Oriental or Dehli sore - Number 13
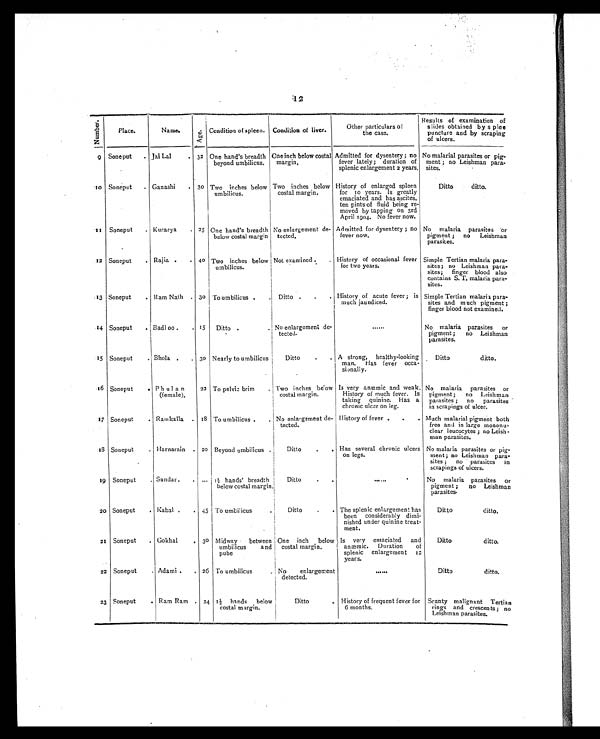
12
N u m b e r .
Place.
Name.
A g e .
Condition of spleen. Condition of liver.
Other particulars of
t h e c a s e .
Results of examination of
slides obtained by splee
puncture and by scraping
of ulcers.
9
Soneput
. Jai Lal
. 32 One hand's breadth
beyond umbilicus.
Oneinch below costal
m a r g i n .
Admitted for dysentery ; no
fever lately; duration of
splenic enlargement 2 years.
No malarial parasites or pig-
ment ; no Leishman para-
sites.
1 0 Soneput
. Ganashi
. 30 Two inches below
umbilicus.
Two inches below
costal margin.
History of enlarged spleen
for 10 years. Is greatly
emaciated and has ascites,
ten pints of fluid being re-
moved by tapping on 3rd
April 1904. No fever now.
Ditto
ditto.
1 1
Soneput
. Kurarya
• 25 One hand 's breadth i
below costal margin
No enlargement de-
tected.
Admitted for dysentery ; no
fever now.
No malaria parasites or
pigment ; no
Leishman
parasites.
1 2 Soneput
. Rajia .
. 4o Two inches below
umbilicus.
Not examined
History of occasional fever
for two years.
Simple Tertian malaria para-
sites; no Leishman para-
sites; finger blood also
contains S. T. malaria para-
sites.
13 Soneput
. Ram Nath . 30 To umbilicus .. Ditto ..
. History of acute fever ; is
much jaundiced.
Simple Tertian malaria para-
sites and much pigment ;
finger blood not examined.
1 4
Soneput
. Badl oo
. 15
Ditto .
. No enlargement de-
tected.
......
No malaria parasites or
pigment;
no Leishman
parasites.
1 5
Soneput
. Bhola .
. 3o Nearly to umbilicus
Ditto
.
. A strong, healthy-looking
man. Has fever occa-
sionally.
Ditto
d i t t o .
1 6
Soneput
. P h u la n
(female).
23 To pelvic brim
. Two inches below
costal margin.
Is very anæmic and weak.
History of much fever. Is
taking quinine. Has a
chronic ulcer on leg.
No malaria parasites or
pigment;
no Leishman
parasites ; no parasites
in scrapings of ulcer.
1 7
Soneput
Ramkalla .
1 8 To umbilicus .
. No enlargement de-
tected.
History of fever .
.
. Much malarial pigment both
free and in large mononu-
clear leucocytes ; no Leish-
man parasites.
1 8
Soneput
.
. Harnarain . 20 Beyond umbilicus
Ditto
.
. Has several chronic ulcers
on legs.
No malaria parasites or pig-
ment; no Leishman para-
sites ;
no parasites in
scrapings of ulcers.
19 Soneput
. Sundar.
. ... 1½ hands' breadth
below costal margin.
Ditto
. .
. . . . . .
No malaria parasites or
pigment ;
no Leishman
parasites.
20 Soneput
Kabal .
. 45 To umbilicus
Ditto
.
. The splenic enlargement has
been considerably dimi-
nished under quinine treat-
ment.
Ditto
ditto.
21
Soneput
. Gokhal
. 30 Midway
between
umbilicus
and
pube
One inch below
costal margin.
Is very emaciated and
anæmic.
Duration
of
splenic enlargement 12
years.
Ditto
d i t t o .
22
Soneput
. Adami .
26 To umbilicus
. No
enlargement
detected.
Ditto
ditto.
23
Soneput
. Ram Ram . 24 1½ hands below
costal margin.
Ditto
History of frequent fever for
6 months.
Scanty malignant Tertian
rings and crescents; no
Leishman parasites.